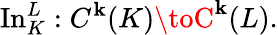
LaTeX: \operatorname{In}_{K}^{L}:C^{\mathbf{k}}(K)\toC^{\mathbf{k}}(L).